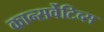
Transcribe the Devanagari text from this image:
कान्सर्वेटिव्स